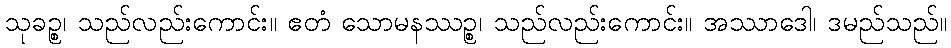
သုခဉ္စ၊ သည်လည်းကောင်း။ ဧတံ သောမနဿဉ္စ၊ သည်လည်းကောင်း။ အဿာဒေါ၊ ဒမည်သည်။